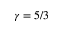
\gamma = 5 / 3